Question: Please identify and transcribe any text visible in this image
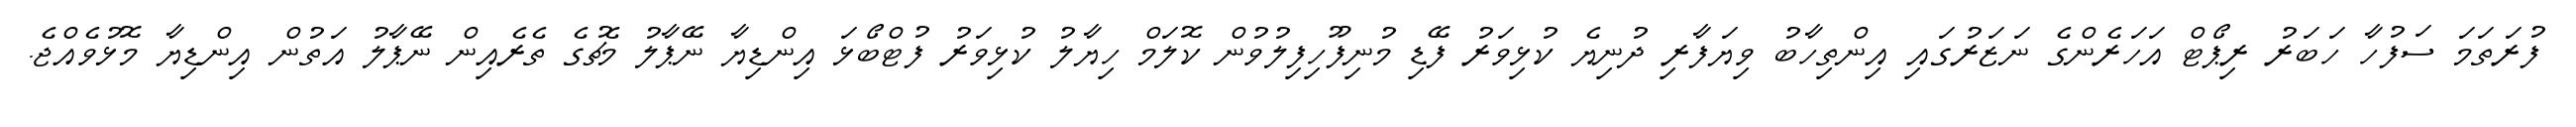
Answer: ފުރަތަމަ ސަފުހާ ހަބަރު ރިޕޯޓް އަހަރެންގެ ނަޒަރުގައި އިންތިހާބު ވިޔަފާރި ދުނިޔެ ކުޅިވަރު ފޭޑި މުނިފޫހިފިލުވުން ކޮލަމް ހިޔާލު ކުޅިވަރު ފުޓްބޯޅަ އިންޑިޔާ ނޭޕާލު މެޗުގެ ތެރެއިން ނޭޕާލު އަތުން އިންޑިޔާ މޮޅުވެއްޖެ.